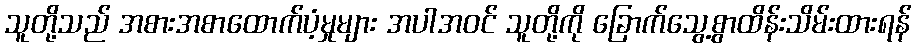
သူတို့သည် အစားအစာထောက်ပံ့မှုများ အပါအဝင် သူတို့ကို ခြောက်သွေ့စွာထိန်းသိမ်းထားရန်